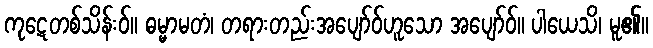
ကုဋေတစ်သိန်းဝ်။ ဓမ္မာမတံ၊ တရားတည်းအပျော်ဝ်ဟူသော အပျော်ဝ်။ ပါယေသိ၊ မူ၏။